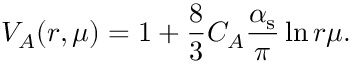
V _ { A } ( r , \mu ) = 1 + { \frac { 8 } { 3 } } C _ { A } { \frac { \alpha _ { \mathrm { s } } } { \pi } } \ln { r \mu } .